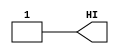
// SPDX-FileCopyrightText: 2020 Efabless Corporation
//
// Licensed under the Apache License, Version 2.0 (the "License");
// you may not use this file except in compliance with the License.
// You may obtain a copy of the License at
//
//      http://www.apache.org/licenses/LICENSE-2.0
//
// Unless required by applicable law or agreed to in writing, software
// distributed under the License is distributed on an "AS IS" BASIS,
// WITHOUT WARRANTIES OR CONDITIONS OF ANY KIND, either express or implied.
// See the License for the specific language governing permissions and
// limitations under the License.
// SPDX-License-Identifier: Apache-2.0

`define FPGA

`ifndef FPGA
`default_nettype none
`else
`default_nettype wire
`endif 

module mprj2_logic_high (
`ifdef USE_POWER_PINS
    inout	   vccd2,
    inout	   vssd2,
`endif
    output         HI
);
`ifndef FPGA
sky130_fd_sc_hd__conb_1 inst (
`ifdef USE_POWER_PINS
                .VPWR(vccd2),
                .VGND(vssd2),
                .VPB(vccd2),
                .VNB(vssd2),
`endif
                .HI(HI),
                .LO()
        );
`else
 assign HI = ~0;
 `endif
endmodule